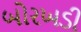
બોરખડી